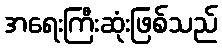
အရေးကြီးဆုံးဖြစ်သည်